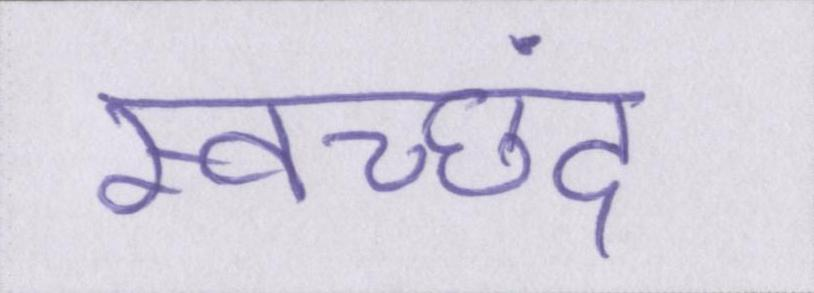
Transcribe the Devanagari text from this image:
स्वच्छंद